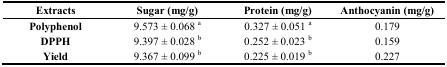
| Extracts | Sugar (mg/g) | Protein (mg/g) | Anthocyanin (mg/g) |
 | --- | --- | --- | --- |
 | Polyphenol | 9.573 ± 0.068 a | 0.327 ± 0.051 a | 0.179 |
 | DPPH | 9.397 ± 0.028 b | 0.252 ± 0.023 b | 0.159 |
 | Yield | 9.367 ± 0.099 b | 0.225 ± 0.019 b | 0.227 |